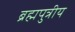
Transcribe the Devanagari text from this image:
ब्रह्मपुत्रीय